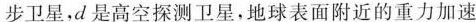
步卫星，d是高空探测卫星，地球表面附近的重力加速